Civil Veterinary Dept. Bombay admin report 1900-1906 - 1900-1906
Year: 1900
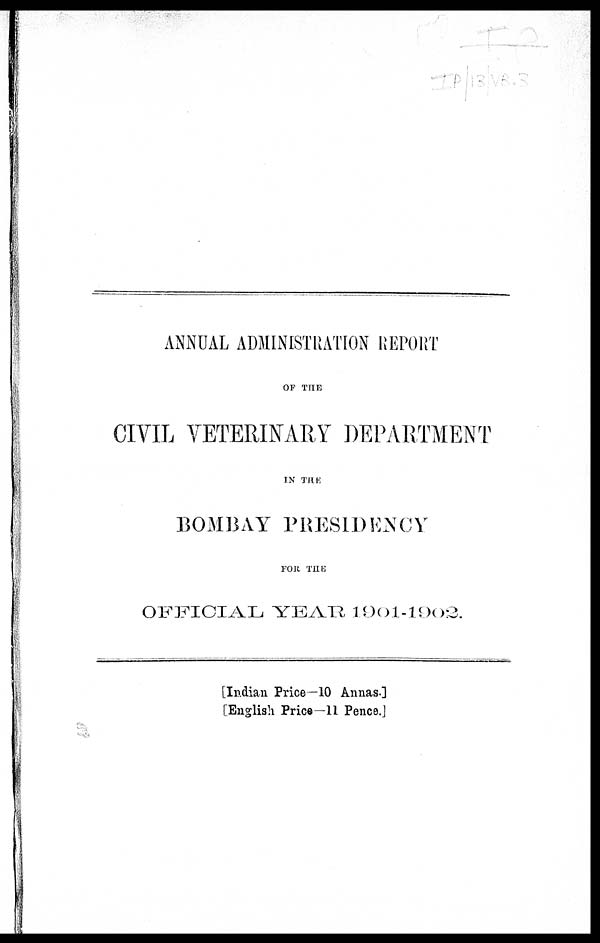
ANNUAL ADMINISTRATION REPORT
OF THE
CIVIL VETERINARY DEPARTMENT
IN THE
BOMBAY PRESIDENCY
FOR THE
OFFICIAL YEAR 1901-1902.
[Indian Price—10 Annas.]
[English Price—11 Pence.]